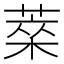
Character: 𦷞